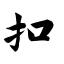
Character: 扣